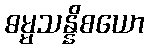
ဓမ္မသန္နိစယော